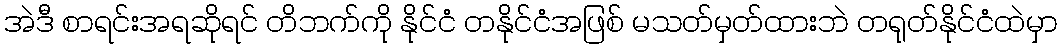
အဲဒီ စာရင်းအရဆိုရင် တိဘက်ကို နိုင်ငံ တနိုင်ငံအဖြစ် မသတ်မှတ်ထားဘဲ တရုတ်နိုင်ငံထဲမှာ